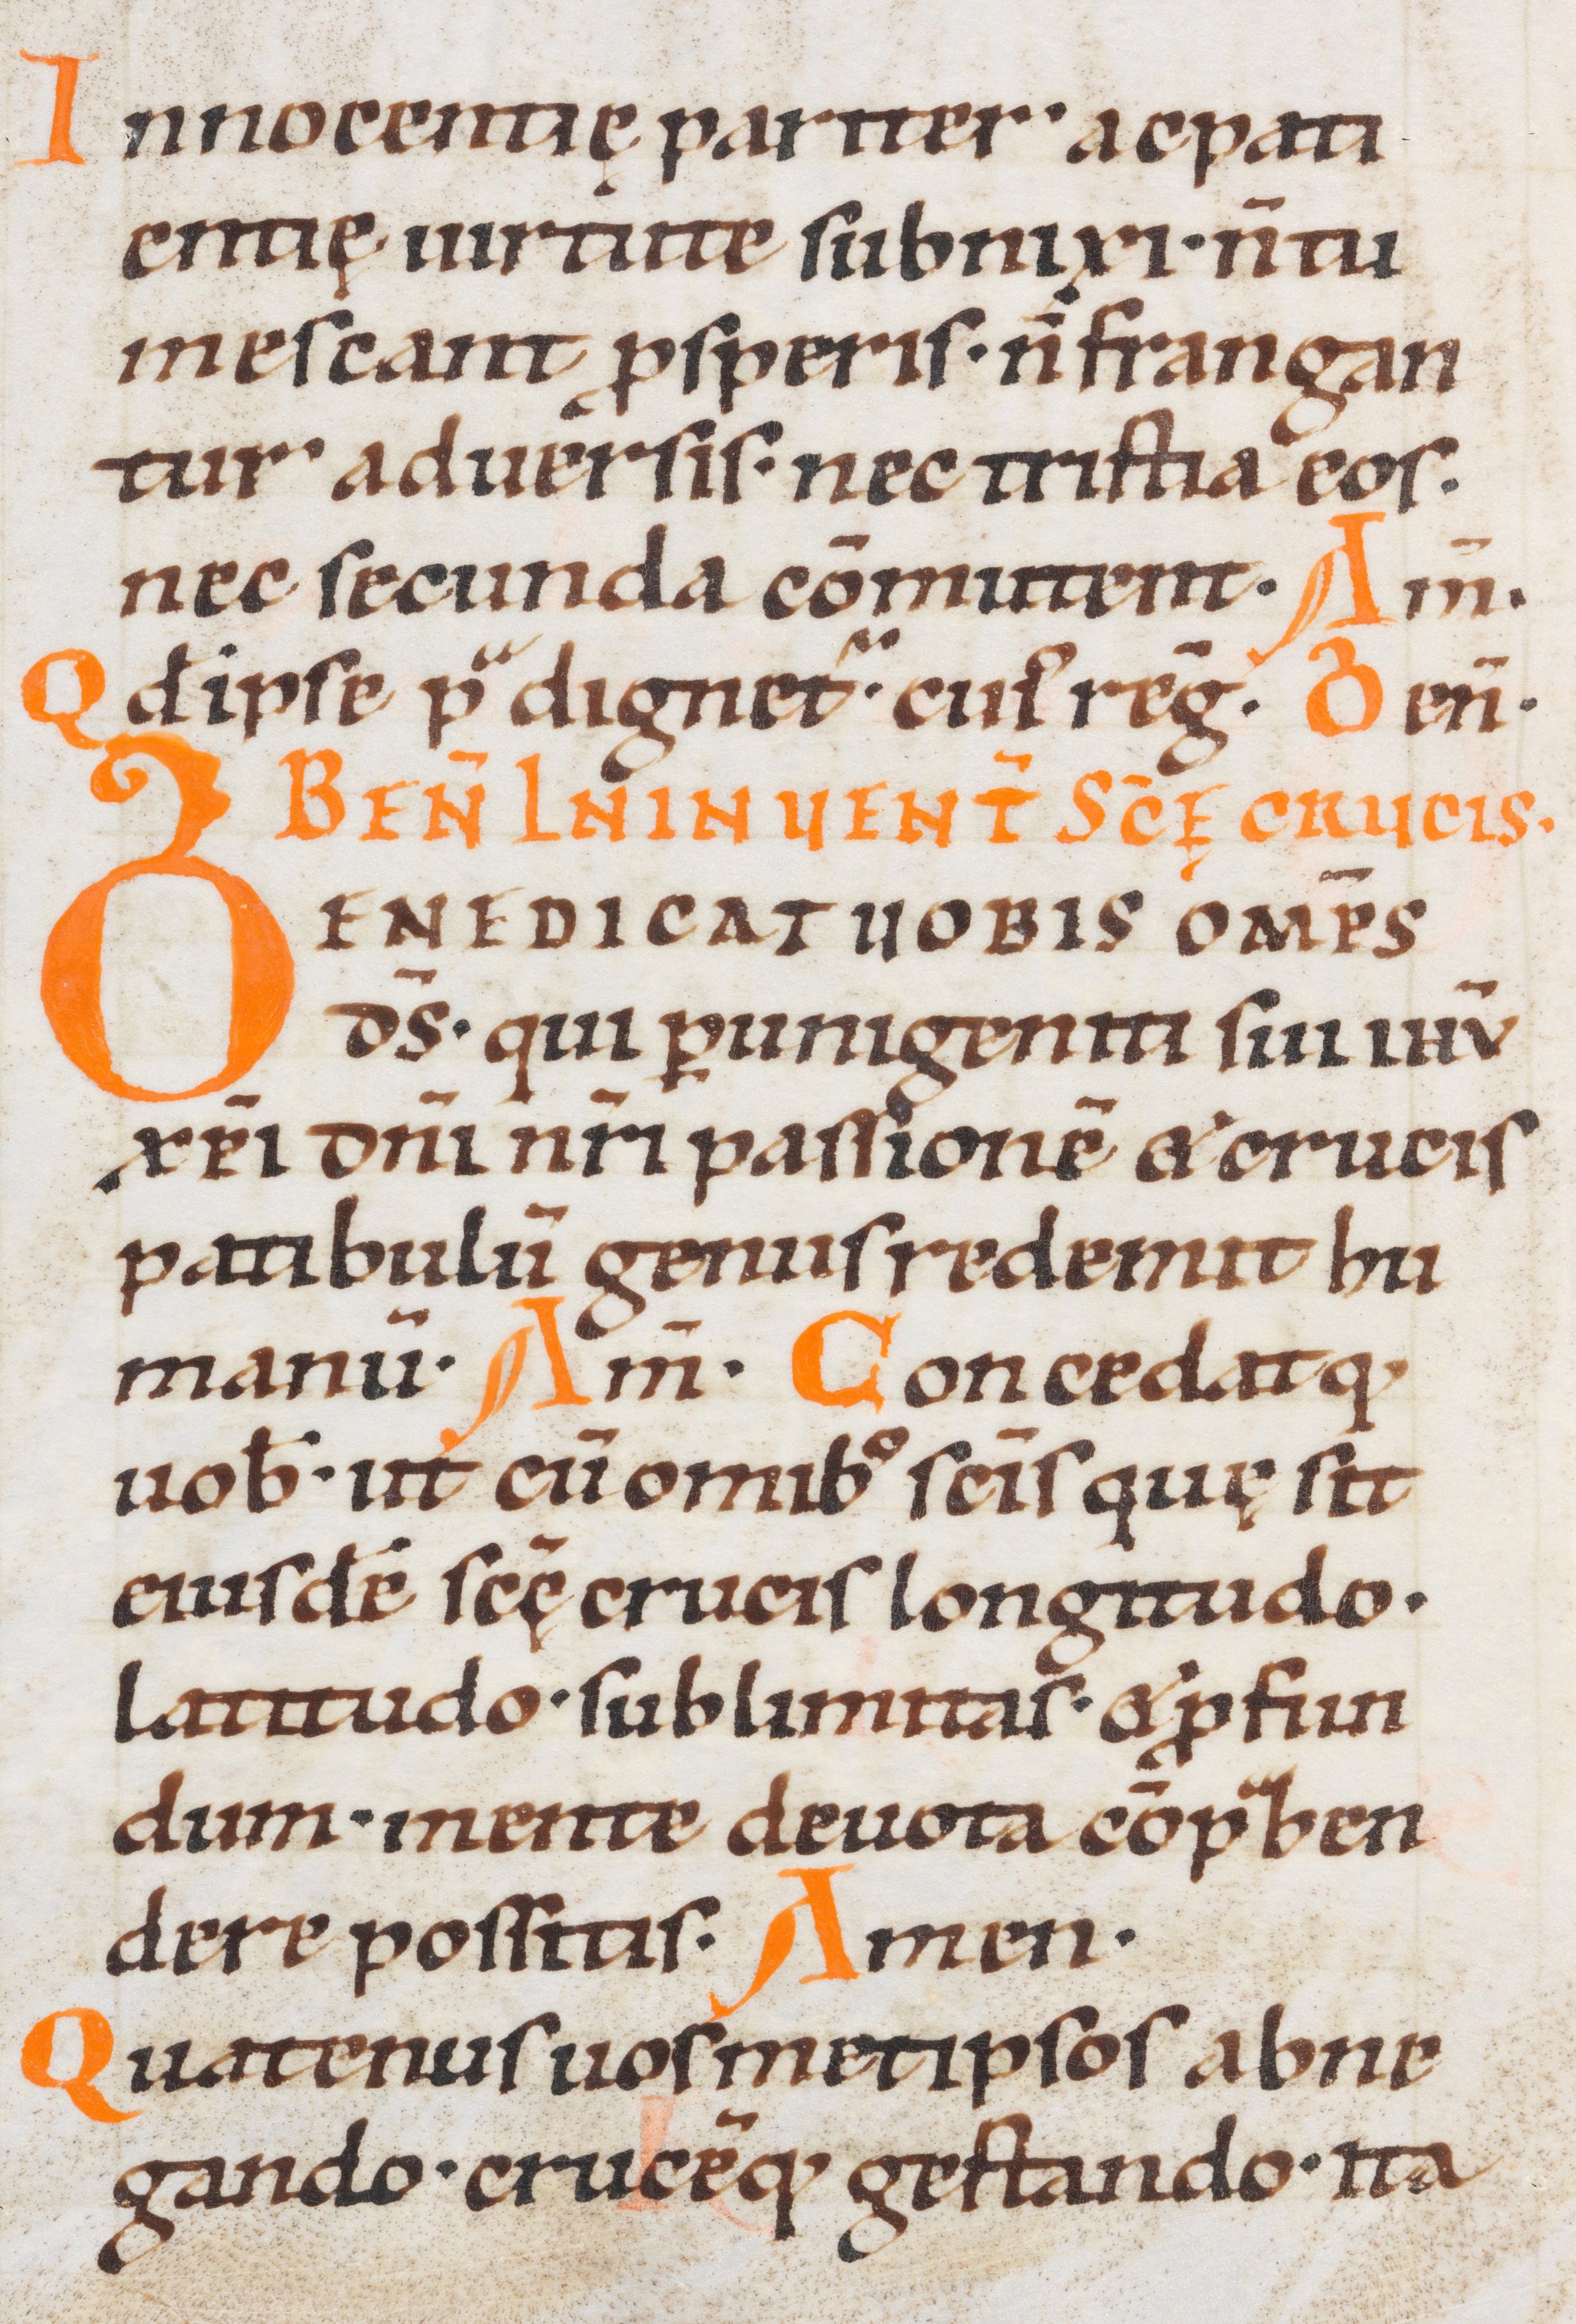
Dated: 1000–1099